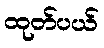
ထုတ်ပယ်